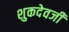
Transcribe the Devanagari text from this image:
शुकदेवजी